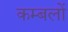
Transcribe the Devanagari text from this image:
कम्बलों